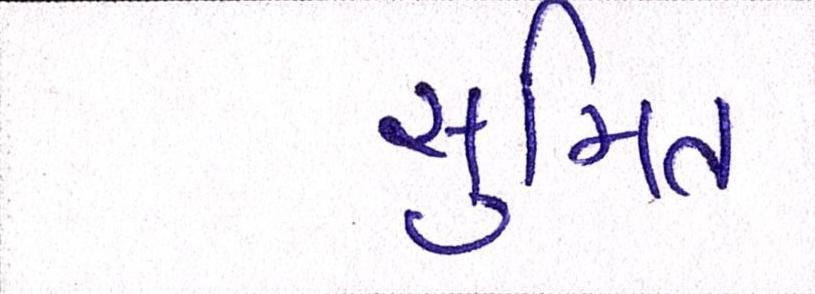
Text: સુમિત